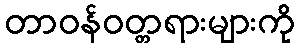
တာဝန်ဝတ္တရားများကို